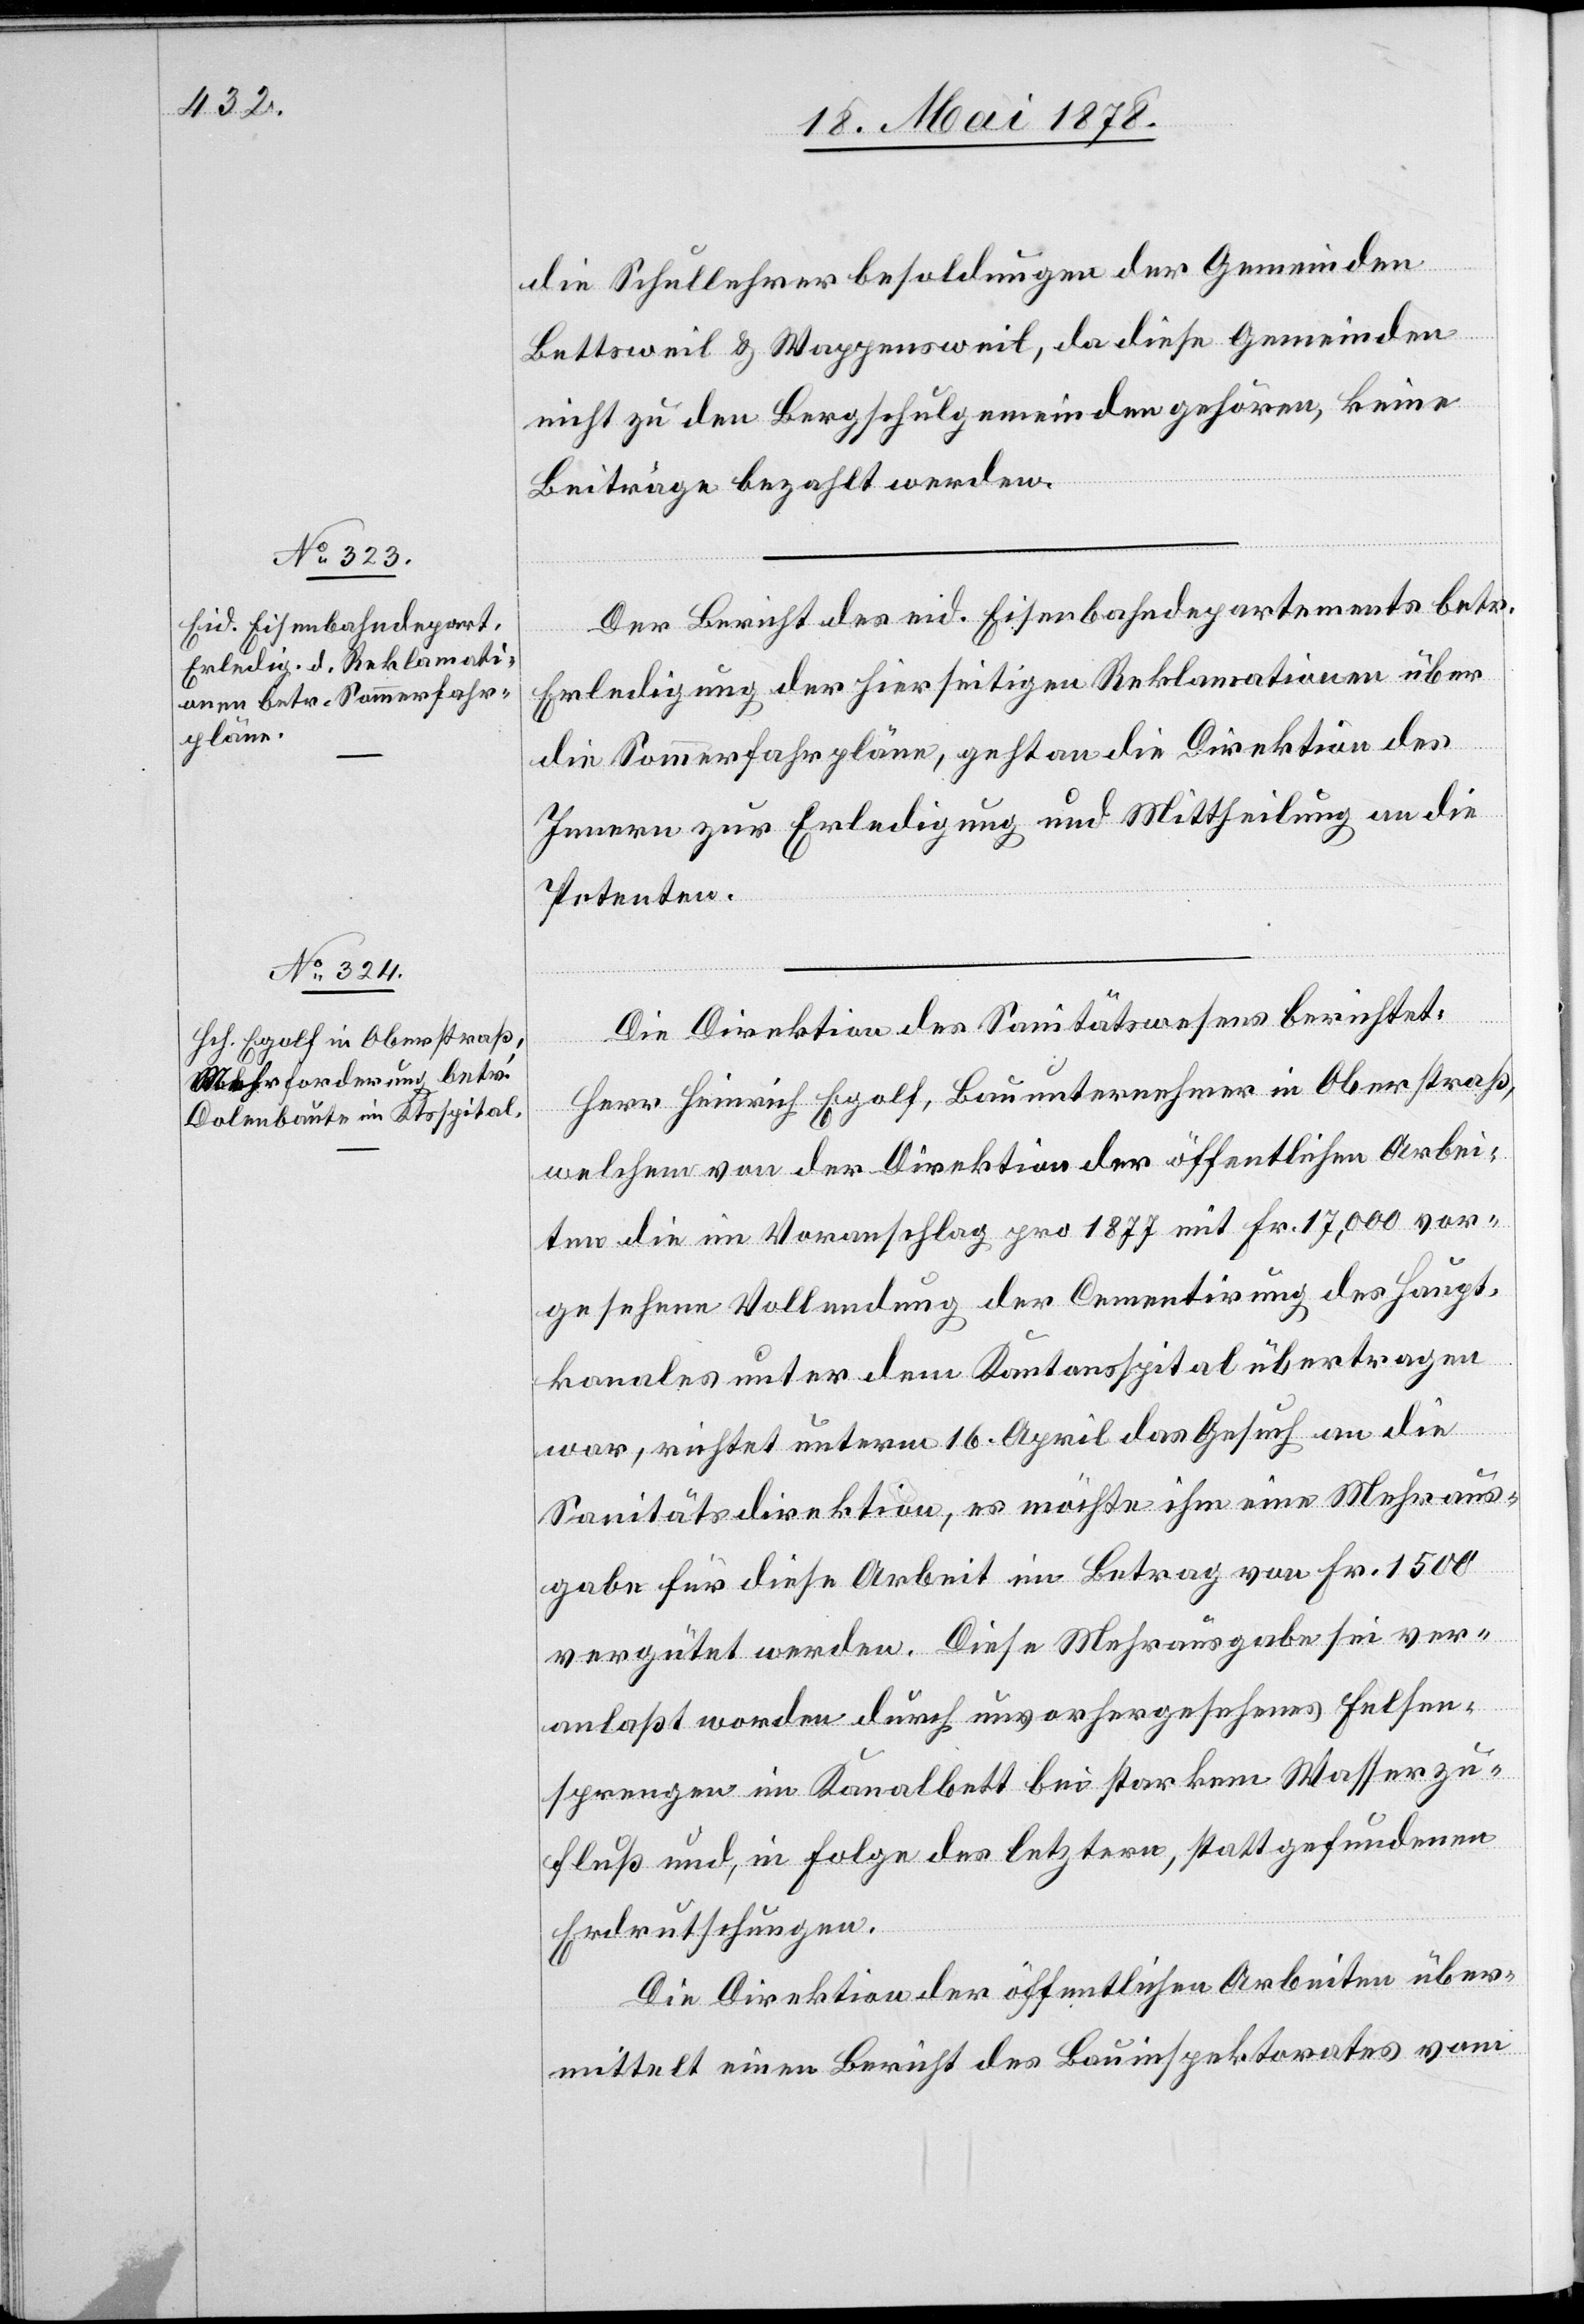
die Schullehrerbesoldungen der Gemeinden
Bettsweil & Wappensweil, da diese Gemeinden
nicht zu den Bergschulgemeinden gehören, keine
Beiträge bezahlt werden.
Der Bericht des eid. Eisenbahndepartements betr.
Erledigung der hierseitigen Reklamationen über
die Sommerfahrpläne, geht an die Direktion des
Innern zur Erledigung und Mittheilung an die
Petenten.
Die Direktion des Sanitätswesens berichtet:
Herr Heinrich Egolf, Bauunternehmer in Oberstraß,
welchem von der Direktion der öffentlichen Arbei¬
ten die im Voranschlag pro 1877 mit Fr. 17,000 vor¬
gesehene Vollendung der Cementirung des Haupt¬
kanales unter dem Kantonsspital übertragen
war, richtet unterm 16. April das Gesuch an die
Sanitätsdirektion, es möchte ihm eine Mehraus¬
gabe für diese Arbeit im Betrag von Fr. 1500
vergütet werden. Diese Mehrausgabe sei ver¬
anlaßt worden durch unvorhergesehenes Felsen¬
sprengen im Kanalbett bei starkem Wasserzu¬
fluß und, in Folge des letztern, stattgefundenen
Erdrutschungen.
Die Direktion der öffentlichen Arbeiten über¬
mittelt einen Bericht des Bauinspektorates vom